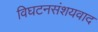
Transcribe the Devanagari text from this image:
विघटनसंशयवाद